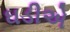
ઘડીએ